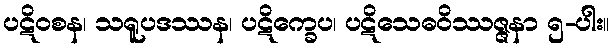
ပဋိဝစန၊ သရူပဒဿန၊ ပဋိက္ခေပ၊ ပဋိသေဓဝိဿဇ္ဇနာ ၅-ပါး။